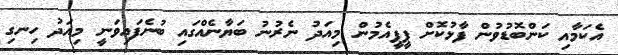
އެކަމާއި ކަންބޮޑުވުން ފާޅުކޮށް ޕީޕީއެމުން މިއަދު ނެރުނު ބަޔާނެއްގައި ބުނެފައިވަނީ މިއަދު ހިނގި